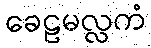
ခေဠမလ္လကံ